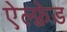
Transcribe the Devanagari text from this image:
ऐल्फ़्रेड